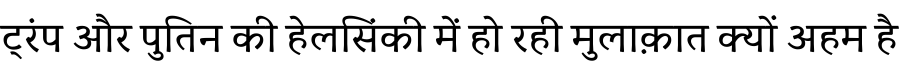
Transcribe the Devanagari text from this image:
ट्रंप और पुतिन की हेलसिंकी में हो रही मुलाक़ात क्यों अहम है